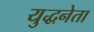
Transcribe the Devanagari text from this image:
युद्धनेता